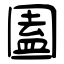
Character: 圔